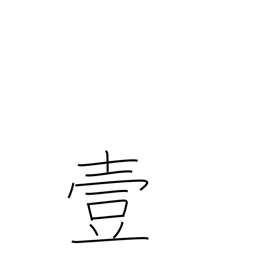
Meaning: number one